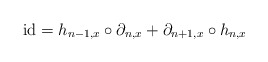
\begin{align*}\mathrm{id} = h_{n - 1, x} \circ \partial_{n, x} + \partial_{n+1, x} \circ h_{n, x}\end{align*}